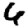
Digit: 6